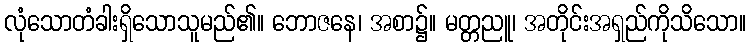
လုံသောတံခါးရှိသောသူမည်၏။ ဘောဇနေ၊ အစာ၌။ မတ္တညူ၊ အတိုင်းအရှည်ကိုသိသော။